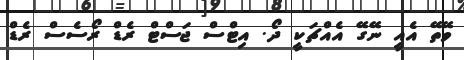
ވޭތޭ އެއީ ނޭގޭ އެއްޗަކީ ދޯ. އިޓްސް ޖަސްޓް ރެޑް ރޯސެސް ރެޑް